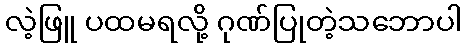
လဲ့ဖြူ ပထမရလို့ ဂုဏ်ပြုတဲ့သဘောပါ